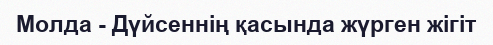
Молда - Дүйсеннің қасында жүрген жігіт